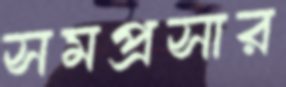
সমপ্রসার